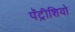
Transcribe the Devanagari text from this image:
पॅट्रीशियो